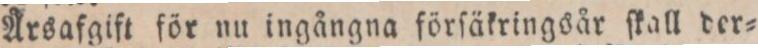
Årsafgift för nu ingångna förſäkringsår ſkall der=